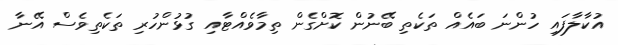
އުކާލާފައި ހުންނަ ބައެއް ތަކެތި ބޭނުން ކޮށްގެން ތިމާވެއްޓާއި ގުޅުންހުރި ތަކެތިވެސް އޭނާ